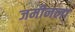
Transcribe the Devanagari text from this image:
जमीनला